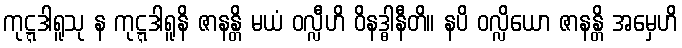
ကုဋ္ဋဒါရူသု န ကုဋ္ဋဒါရူနိ ဇာနန္တိ မယံ ဝလ္လီဟိ ဝိနဒ္ဓါနီတိ။ နပိ ဝလ္လိယော ဇာနန္တိ အမှေဟိ